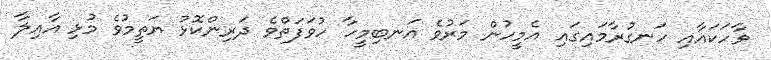
ވާހަކައާއި ހަނގުރާމައިގައި އެމީހުން މަރުވެ އަނބިމީހާ ހުވަފަތްވެ ދަރިންކޮޅު ޔަތީމުވެ މުޅި އާއިލާ